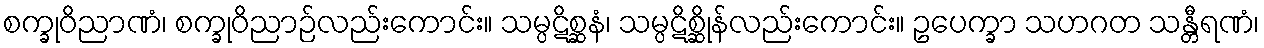
စက္ခုဝိညာဏံ၊ စက္ခုဝိညာဉ်လည်းကောင်း။ သမ္ပဋိစ္ဆနံ၊ သမ္ပဋိစ္ဆိုန်လည်းကောင်း။ ဥပေက္ခာ သဟဂတ သန္တီရဏံ၊